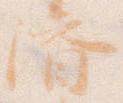
済